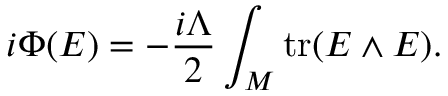
i \Phi ( E ) = - { \frac { i \Lambda } { 2 } } \int _ { \cal M } \mathrm { t r } ( E \wedge E ) .